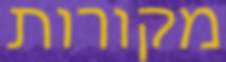
מקורות